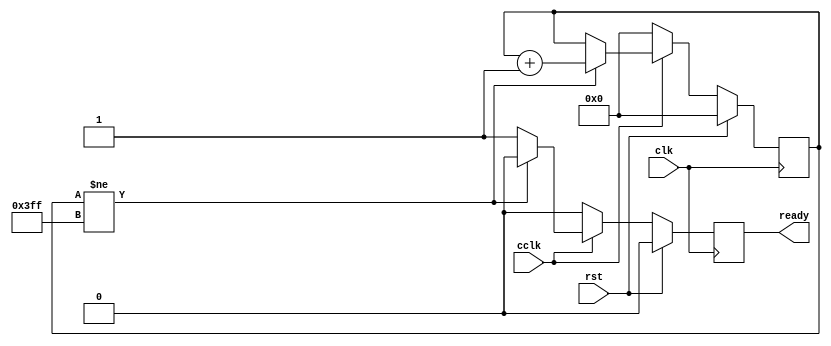
module cclk_detector #(
    parameter CLK_RATE = 50000000
    )(
    input clk,
    input rst,
    input cclk,
    output ready
);
    parameter CTR_SIZE = $clog2(CLK_RATE/50000);
    reg [CTR_SIZE-1:0] ctr_d, ctr_q;
    reg ready_d, ready_q;
    assign ready = ready_q;
    always @(ctr_q or cclk) begin
        ready_d = 1'b0;
        if (cclk == 1'b0) begin 
            ctr_d = 1'b0;
        end else if (ctr_q != {CTR_SIZE{1'b1}}) begin
            ctr_d = ctr_q + 1'b1; 
        end else begin
            ctr_d = ctr_q;
            ready_d = 1'b1; 
        end
    end
    always @(posedge clk) begin
        if (rst) begin
            ctr_q <= 1'b0;
            ready_q <= 1'b0;
        end else begin
            ctr_q <= ctr_d;
            ready_q <= ready_d;
        end
    end
endmodule